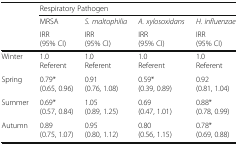
<table><thead><tr><td rowspan="3"></td><td colspan="4"><b>Respiratory Pathogen</b></td></tr><tr><td><b>MRSA</b></td><td><b><i>S. maltophilia</i></b></td><td><b><i>A. xylosoxidans</i></b></td><td><b><i>H. influenzae</i></b></td></tr><tr><td><b>IRR(95% CI)</b></td><td><b>IRR(95% CI)</b></td><td><b>IRR(95% CI)</b></td><td><b>IRR(95% CI)</b></td></tr></thead><tbody><tr><td>Winter</td><td>1.0Referent</td><td>1.0Referent</td><td>1.0Referent</td><td>1.0Referent</td></tr><tr><td>Spring</td><td>0.79*(0.65, 0.96)</td><td>0.91(0.76, 1.08)</td><td>0.59*(0.39, 0.89)</td><td>0.92(0.81, 1.04)</td></tr><tr><td>Summer</td><td>0.69*(0.57, 0.84)</td><td>1.05(0.89, 1.25)</td><td>0.69(0.47, 1.01)</td><td>0.88*(0.78, 0.99)</td></tr><tr><td>Autumn</td><td>0.89(0.75, 1.07)</td><td>0.95(0.80, 1.12)</td><td>0.80(0.56, 1.15)</td><td>0.78*(0.69, 0.88)</td></tr></tbody></table>